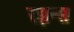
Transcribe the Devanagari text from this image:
रझन्स